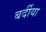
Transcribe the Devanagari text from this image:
बर्दीया